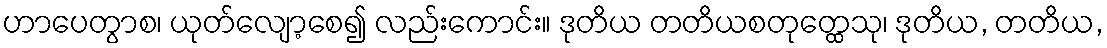
ဟာပေတွာစ၊ ယုတ်လျော့စေ၍ လည်းကောင်း။ ဒုတိယ တတိယစတုတ္ထေသု၊ ဒုတိယ, တတိယ,